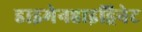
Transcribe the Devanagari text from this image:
डाइमेनहाइड्रिनेट